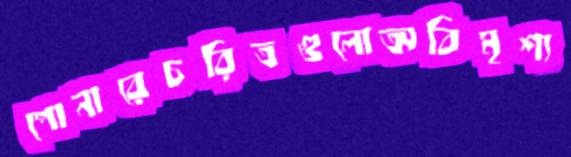
পোনারেচরিত্রগুলোঅবিমৃশ্য